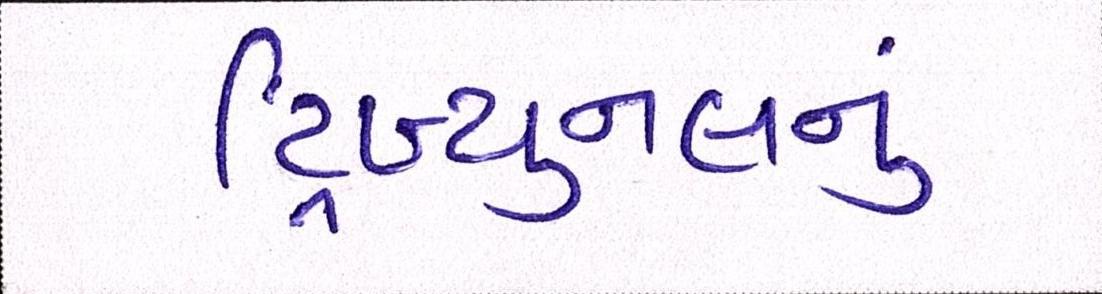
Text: ટ્રિબ્યુનલનું